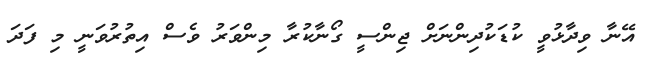
އޭނާ ވިދާޅުވީ ކުޑަކުދިންނަށް ޖިންސީ ގޯނާކުރާ މިންވަރު ވެސް އިތުރުވަނީ މި ފަދަ